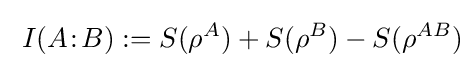
\;I(A\!:\!B):=S(\rho ^{A})+S(\rho ^{B})-S(\rho ^{AB})